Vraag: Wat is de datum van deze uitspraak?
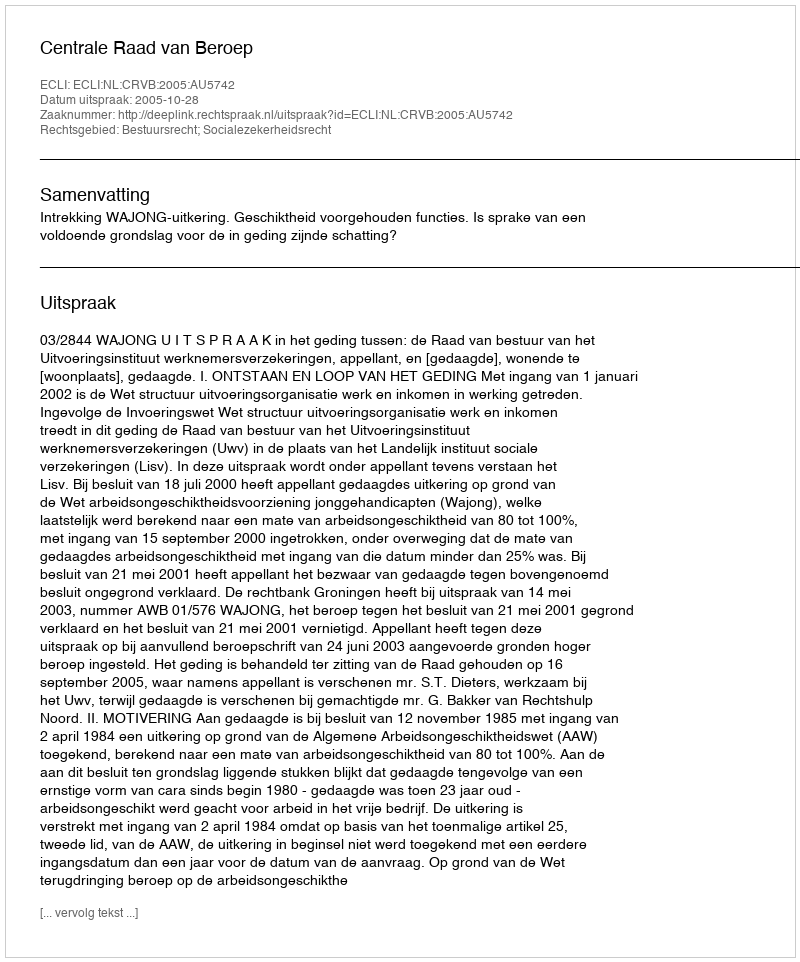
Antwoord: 2005-10-28